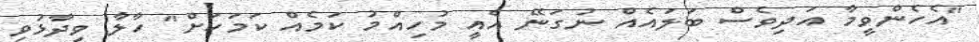
"އެހެންވީމާ އަދިވެސް ބަލައެއް ނުގަނޭ އެއީ މުހިއްމު ކަމެއް ކަމަކަށް" ހާލާ ވިދާޅުވި